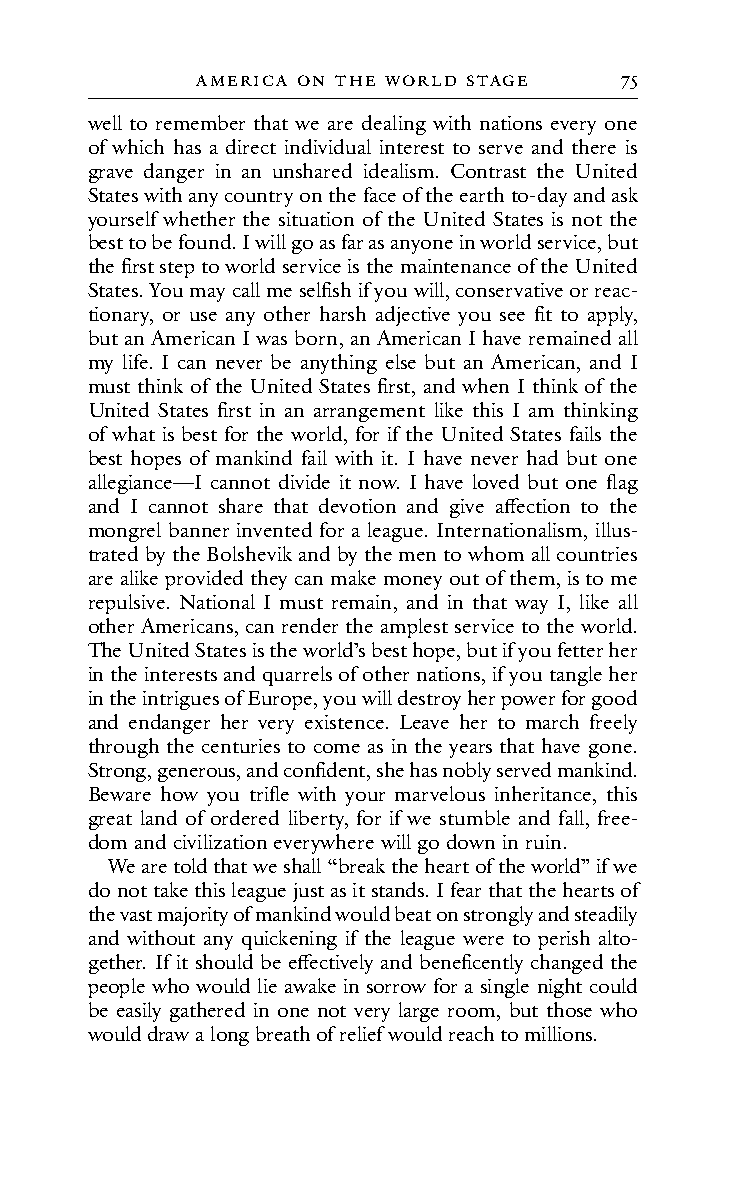
AMeRIc A on t He WoRL d stAGe 75
 well to remember that we are dealing with nations every one
 of which has a direct individual interest to serve and there is
 grave danger in an unshared idealism. Contrast the United
 States with any country on the face of the earth to-day and ask
 yourself whether the situation of the United States is not the
 best to be found. I will go as far as anyone in world service, but
 the first step to world service is the maintenance of the United
 States. You may call me selfish if you will, conservative or reac-
 tionary, or use any other harsh adjective you see fit to apply,
 but an American I was born, an American I have remained all
 my life. I can never be anything else but an American, and I
 must think of the United States first, and when I think of the
 United States first in an arrangement like this I am thinking
 of what is best for the world, for if the United States fails the
 best hopes of mankind fail with it. I have never had but one
 allegiance—I cannot divide it now. I have loved but one flag
 and I cannot share that devotion and give affection to the
 mongrel banner invented for a league. Internationalism, illus-
 trated by the Bolshevik and by the men to whom all countries
 are alike provided they can make money out of them, is to me
 repulsive. National I must remain, and in that way I, like all
 other Americans, can render the amplest service to the world.
 The United States is the world’s best hope, but if you fetter her
 in the interests and quarrels of other nations, if you tangle her
 in the intrigues of Europe, you will destroy her power for good
 and endanger her very existence. Leave her to march freely
 through the centuries to come as in the years that have gone.
 Strong, generous, and confident, she has nobly served mankind.
 Beware how you trifle with your marvelous inheritance, this
 great land of ordered liberty, for if we stumble and fall, free-
 dom and civilization everywhere will go down in ruin.
 We are told that we shall “break the heart of the world” if we
 do not take this league just as it stands. I fear that the hearts of
 the vast majority of mankind would beat on strongly and steadily
 and without any quickening if the league were to perish alto-
 gether. If it should be effectively and beneficently changed the
 people who would lie awake in sorrow for a single night could
 be easily gathered in one not very large room, but those who
 would draw a long breath of relief would reach to millions.